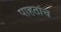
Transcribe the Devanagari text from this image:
पाहतांच